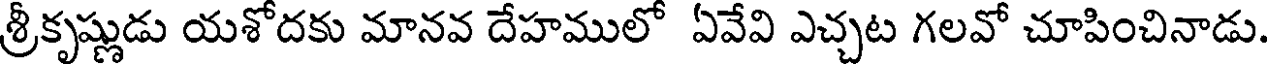
శ్రీకృష్ణుడు యశోదకు మానవ దేహములో ఏవేవి ఎచ్చట గలవో చూపించినాడు.